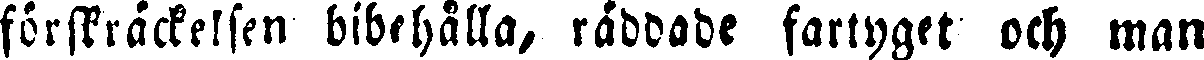
förskräckelsen bibehålla, räddade fartyget och man